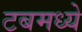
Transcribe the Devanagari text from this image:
टबमध्ये